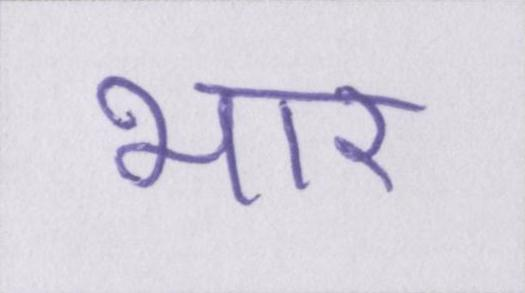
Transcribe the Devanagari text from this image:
भार